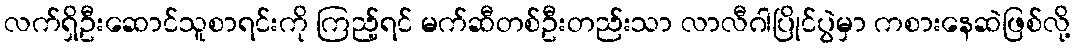
လက်ရှိဦးဆောင်သူစာရင်းကို ကြည့်ရင် မက်ဆီတစ်ဦးတည်းသာ လာလီဂါပြိုင်ပွဲမှာ ကစားနေဆဲဖြစ်လို့